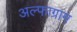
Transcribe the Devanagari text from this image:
अल्फाग्राम